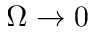
\Omega \rightarrow 0